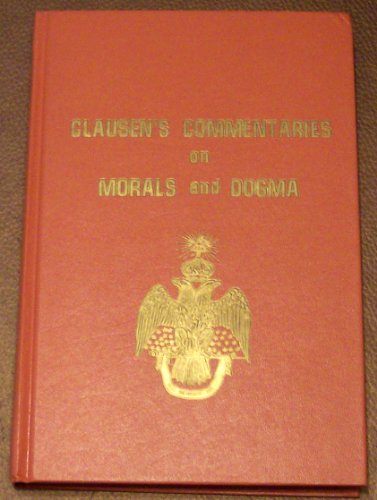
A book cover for Clausen's Commentaries on Morals and Dogma; Henry C Clausen; Religion & Spirituality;